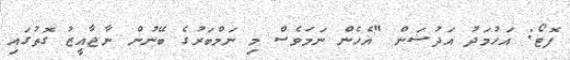
ފޮޓޯ: އަހުމަދު އަދުޝަން "އެހެން ނަމަވެސް މި ނަމްބަރުގެ ބޭނުން ނާޖާއީޒު ގޮތުގައި